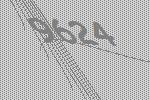
9624